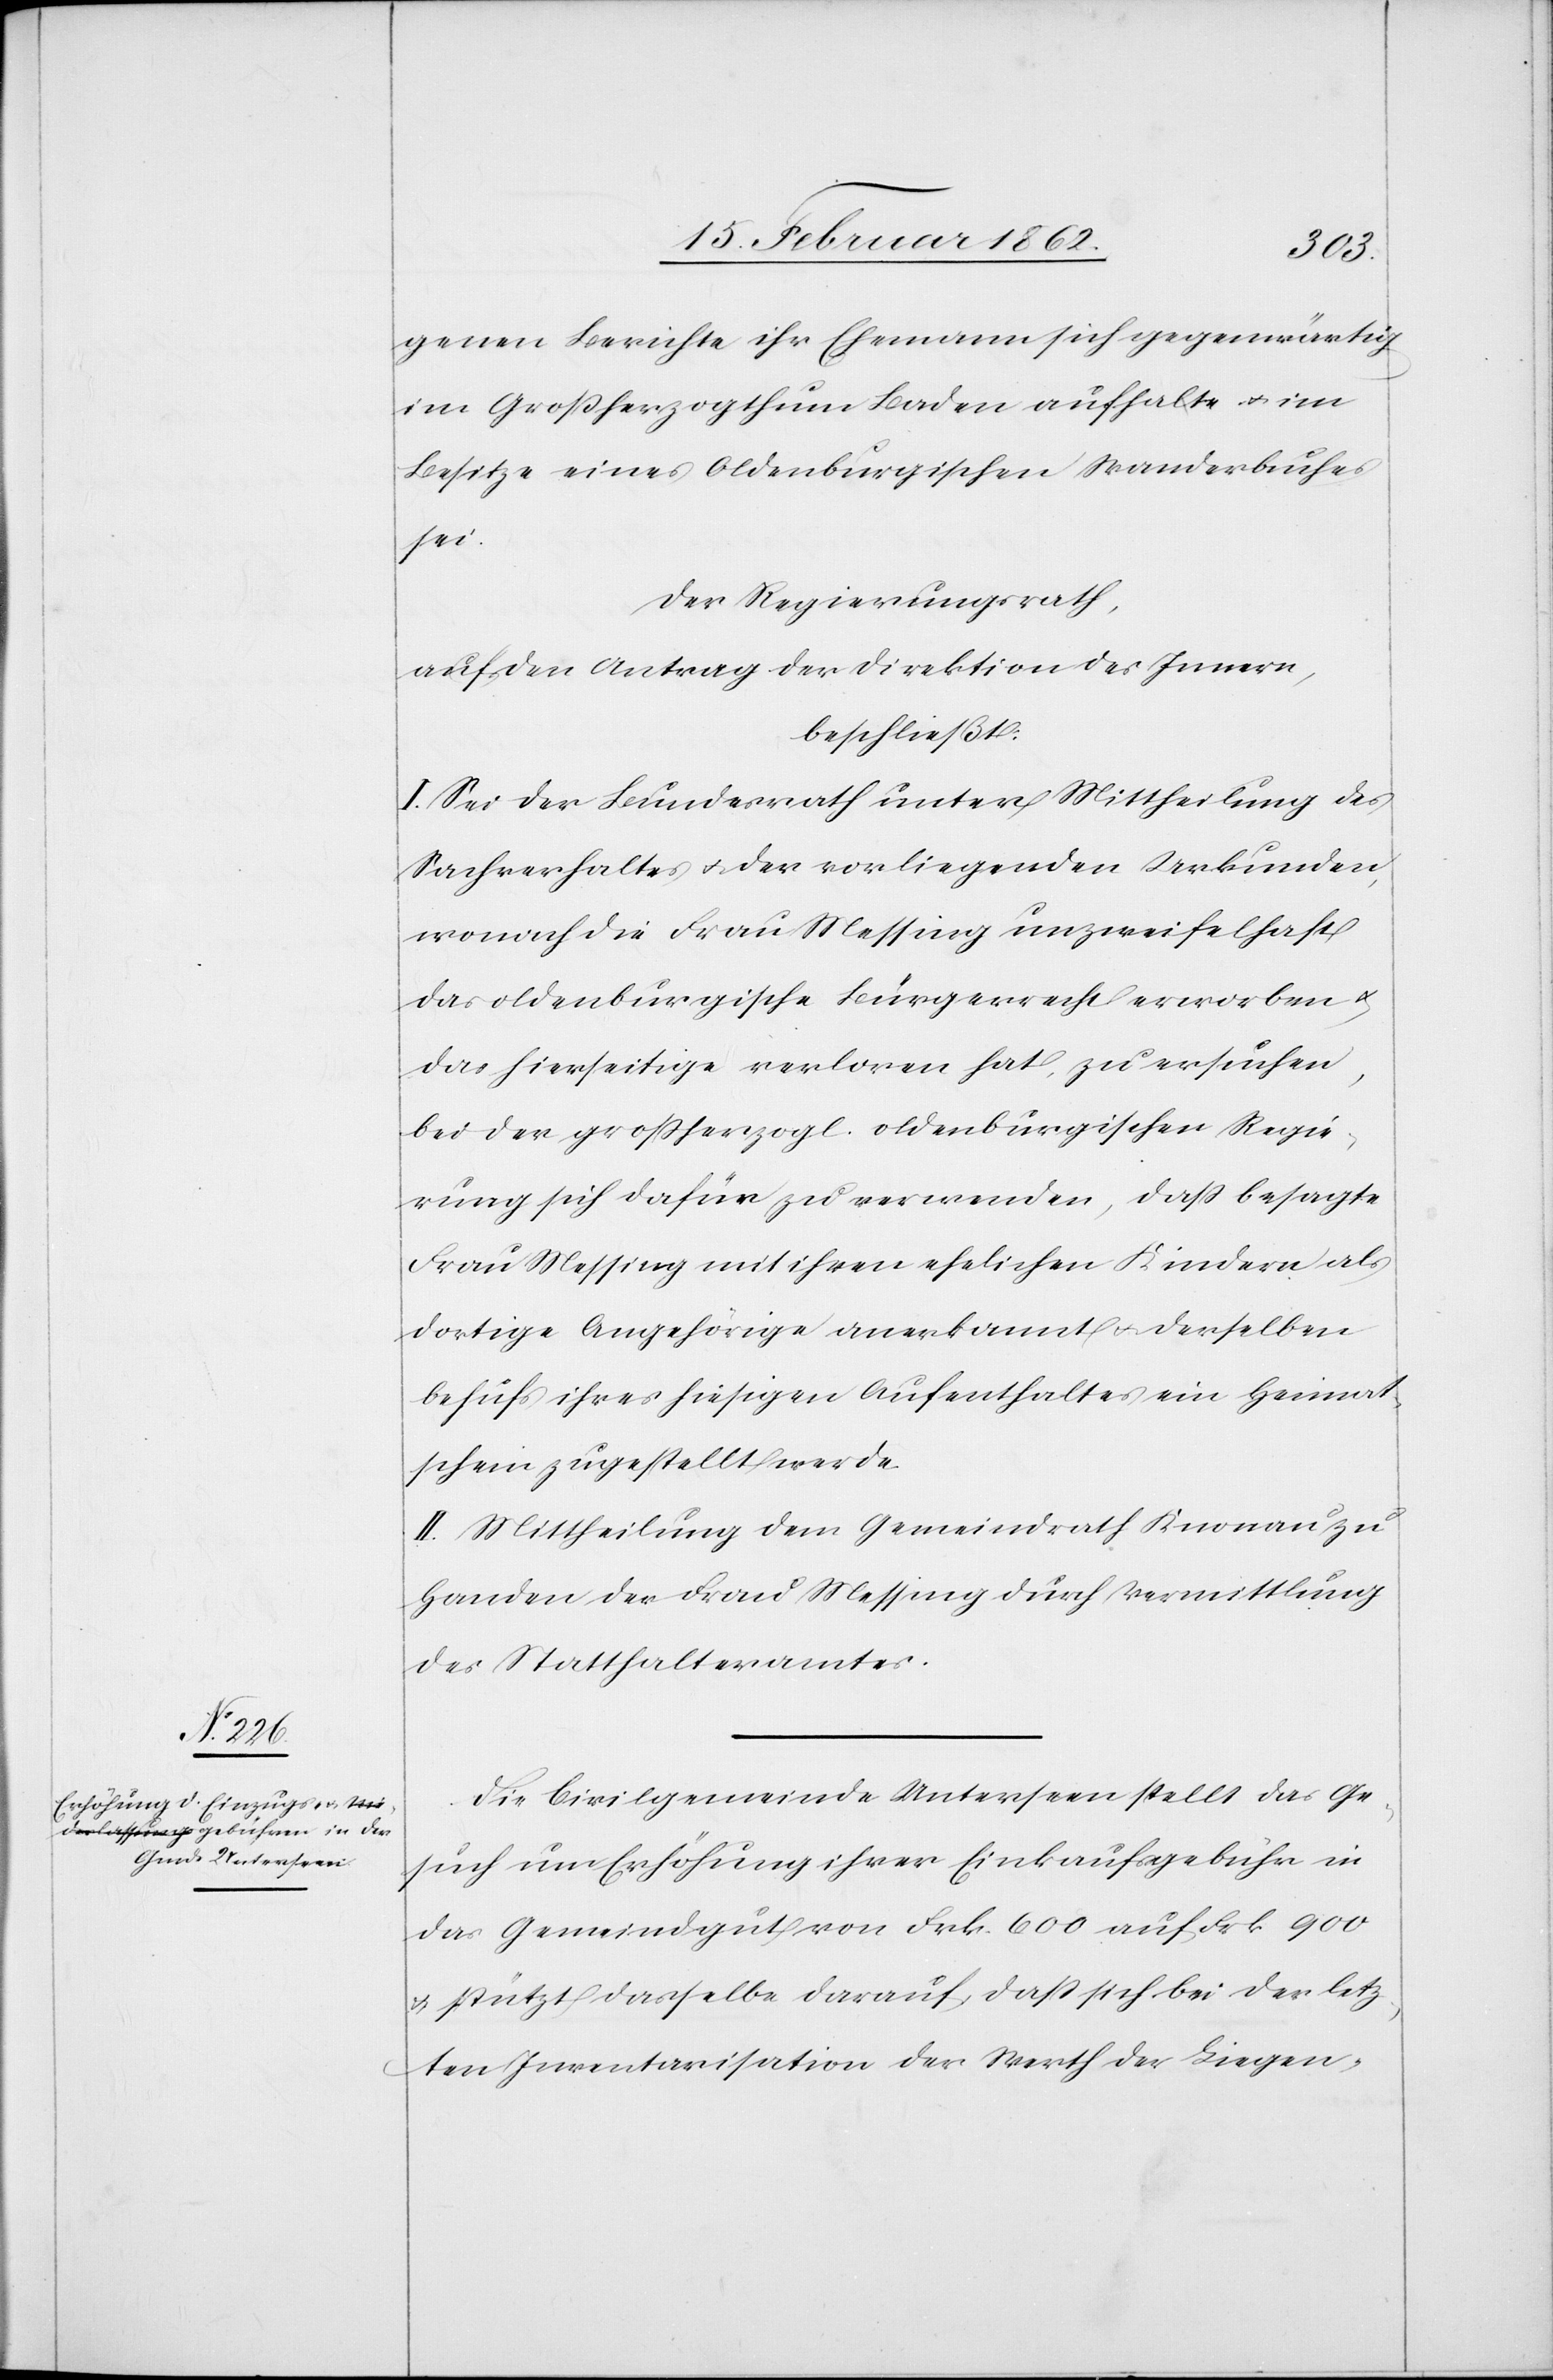
genen Berichte ihr Ehemann sich gegenwärtig
im Großherzogthum Baden aufhalte u. im
Besitze eines Oldenburgischen Wanderbuches
sei.
Der Regierungsrath,
auf den Antrag der Direktion des Innern,
beschließt:
I. Sei der Bundesrath unter Mittheilung des
Sachverhaltes u. der vorliegenden Urkunden,
wonach die Frau Messing unzweifelhaft
das oldenburgische Bürgerrecht erworben u.
das hierseitige verloren hat, zu ersuchen,
bei der großherzogl. oldenburgischen Regie¬
rung sich dafür zu verwenden, daß besagte
Frau Messing mit ihren ehelichen Kindern als
dortige Angehörige anerkannt u. derselben
behufs ihres hiesigen Aufenthaltes ein Heimat¬
schein zugestellt werde.
II. Mittheilung dem Gemeindrath Knonau zu
Handen der Frau Messing durch Vermittlung
des Statthalteramtes.
Die Civilgemeinde Unterseen stellt das Ge¬
such um Erhöhung ihrer Einkaufsgebühr in
das Gemeindgut von Frk. 600 auf Frk 900
u. stützt dasselbe darauf daß sich bei der letz¬
ten Inventarisation der Werth der Liegen-